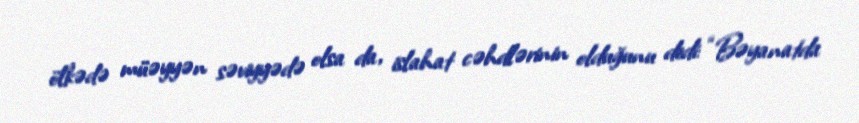
ölkədə müəyyən səviyyədə olsa da, islahat cəhdlərinin olduğunu dedi: “Bəyanatda